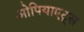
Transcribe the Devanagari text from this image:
ओपियाएट्स